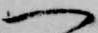
一